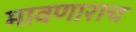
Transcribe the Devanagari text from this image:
मावणाराच